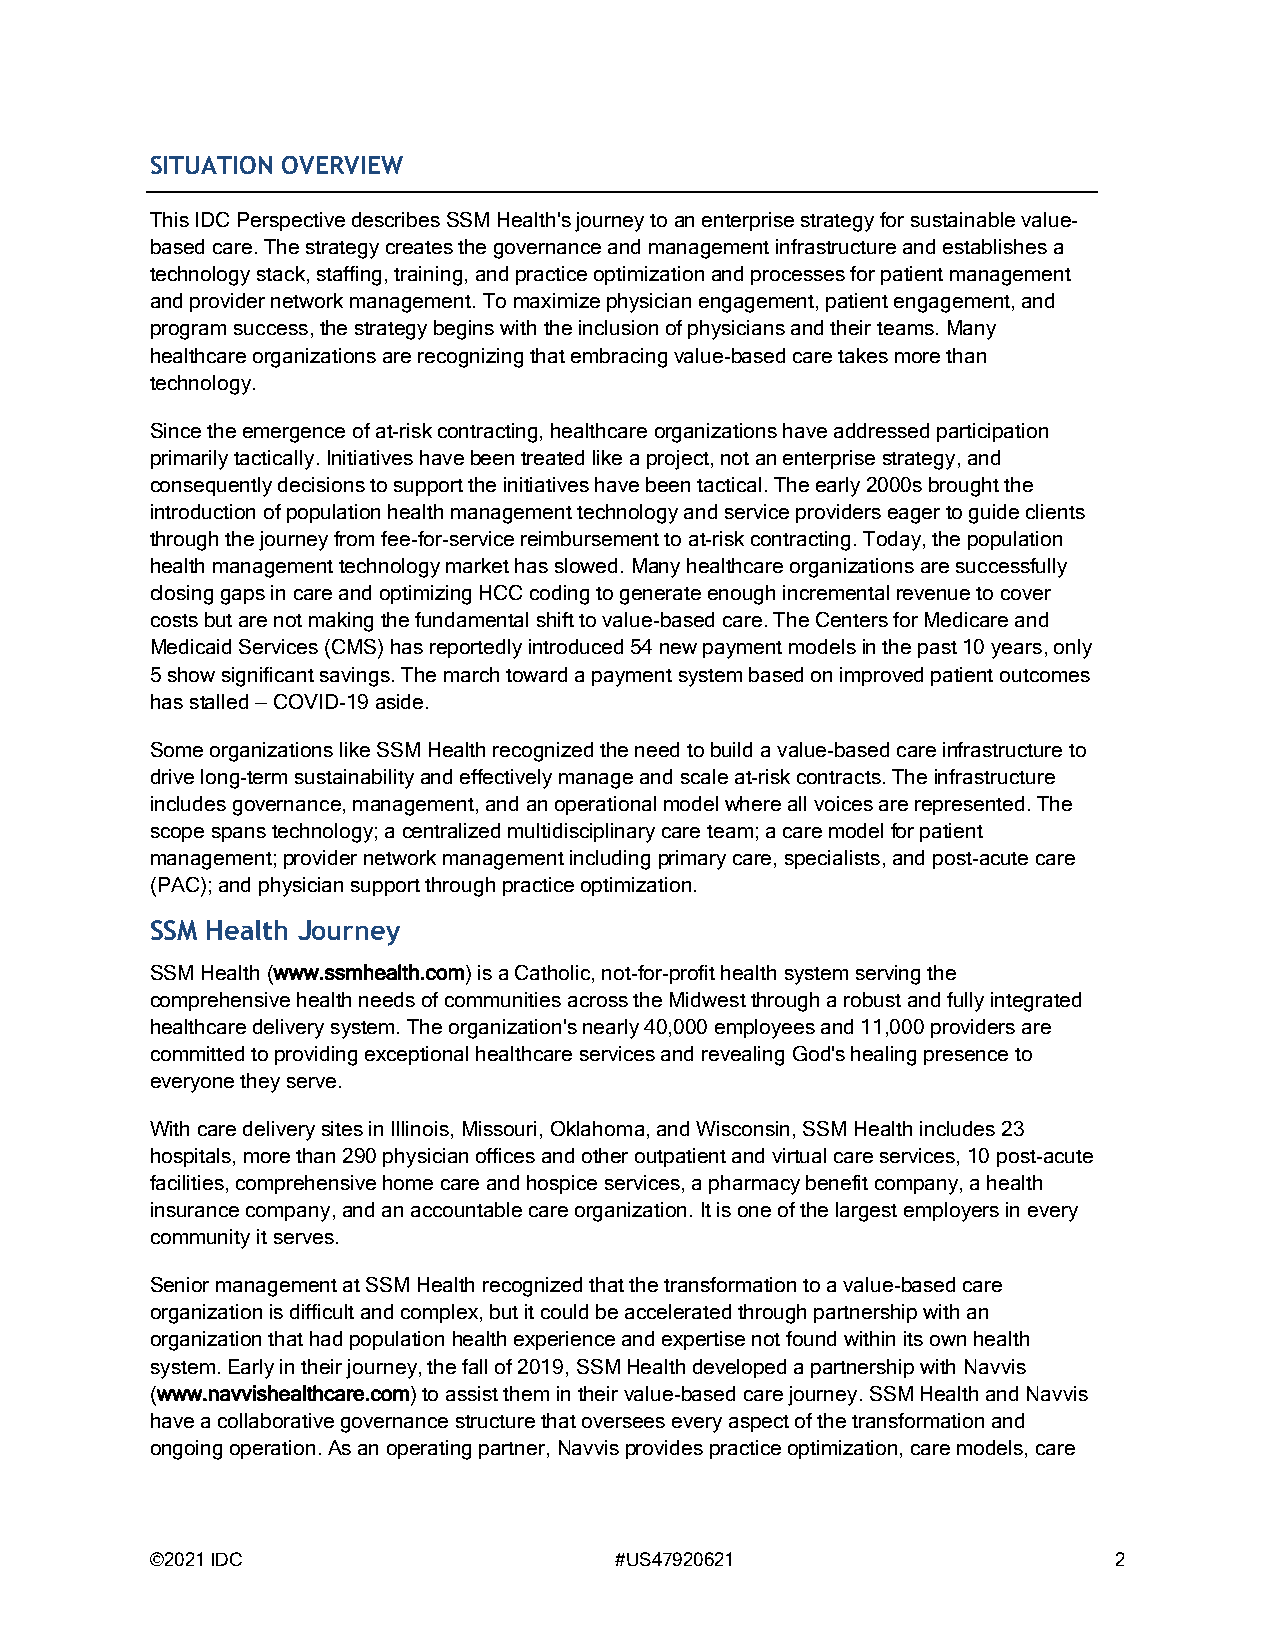
SITUATION OVERVIEW
 This IDC Perspective describes SSM Health's journey to an enterprise strategy for sustainablevalue-
 based care.The strategy creates the governance and management infrastructure and establishes a
 technologystack, staffing, training, and practice optimizationand processes for patient management
 and provider network management. To maximize physician engagement, patient engagement,and
 program success,the strategy begins with the inclusionof physicians and their teams. Many
 healthcare organizations are recognizing that embracingvalue-based care takes more than
 technology.
 Since the emergence of at-risk contracting, healthcare organizations have addressed participation
 primarily tactically. Initiativeshavebeen treated like aproject,not an enterprise strategy,and
 consequently decisions to support the initiatives have been tactical.The early 2000s brought the
 introduction of population health management technology and service providers eager to guide clients
 through the journey from fee-for-service reimbursement to at-risk contracting. Today, the population
 health management technology market has slowed.Many healthcare organizations are successfully
 closing gaps in care and optimizing HCC coding to generate enough incrementalrevenue to cover
 costsbut are not making the fundamental shift to value-based care. The Centers for Medicare and
 Medicaid Services (CMS) has reportedly introduced 54 new payment modelsin the past 10 years, only
 5 show significant savings. The march toward a payment system based on improved patient outcomes
 has stalled—COVID-19aside.
 Some organizations like SSM Health recognized the need to build a value-based care infrastructure to
 drive long-term sustainabilityand effectively manage and scale at-risk contracts.The infrastructure
 includesgovernance,management,and an operationalmodel where all voices are represented. The
 scope spans technology;a centralized multidisciplinary care team;a care model for patient
 management;provider network managementincluding primary care, specialists,and post-acute care
 (PAC);and physician support through practice optimization.
 SSM Health Journey
 SSM Health (www.ssmhealth.com) is a Catholic, not-for-profit health system serving the
 comprehensive health needs of communities across the Midwestthrough a robust and fully integrated
 healthcare delivery system. The organization's nearly 40,000 employees and 11,000 providers are
 committed to providing exceptional healthcare services and revealing God's healing presence to
 everyone they serve.
 With care delivery sites in Illinois, Missouri, Oklahoma,and Wisconsin, SSM Health includes 23
 hospitals, more than 290 physician offices and other outpatient and virtual care services, 10 post-acute
 facilities, comprehensive home care and hospice services, a pharmacy benefit company, a health
 insurance company,and an accountable care organization. It is one of the largest employers in every
 community it serves.
 Senior management at SSM Health recognized that the transformation to a value-based care
 organizationis difficult and complex, but it could be acceleratedthrough partnership with an
 organization that had population health experience and expertise not found within its own health
 system.Early in their journey, the fall of 2019, SSMHealth developed a partnership with Navvis
 (www.navvishealthcare.com)to assist them in their value-based carejourney. SSM Health and Navvis
 have a collaborative governance structure that oversees every aspect of the transformation and
 ongoing operation.As an operating partner,Navvis provides practice optimization, care models, care
 ©2021 IDC                      #US47920621                      2